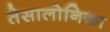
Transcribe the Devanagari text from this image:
तेसालोनिका